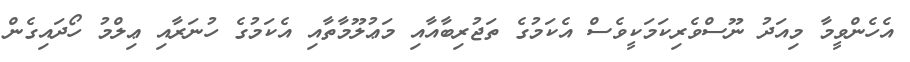
އެހެންވީމާ މިއަދު ނޫސްވެރިކަމަކީވެސް އެކަމުގެ ތަޖުރިބާއާއި މަޢުލޫމާތާއި އެކަމުގެ ހުނަރާއި ޢިލްމު ހޯދައިގެން